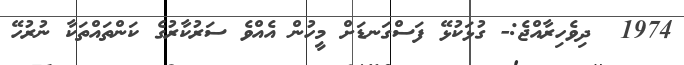
1974  ދިވެހިރާއްޖެ:- ގުޅަކުޅޭ ފަސްގަނޑަށް މީހުން އެއްވެ ސަރުކާރުގެ ކަންތައްތަކާ ނުރުހޭ